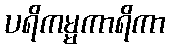
ပရိကမ္မကာရိကာ